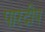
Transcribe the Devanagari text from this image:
पारदीप